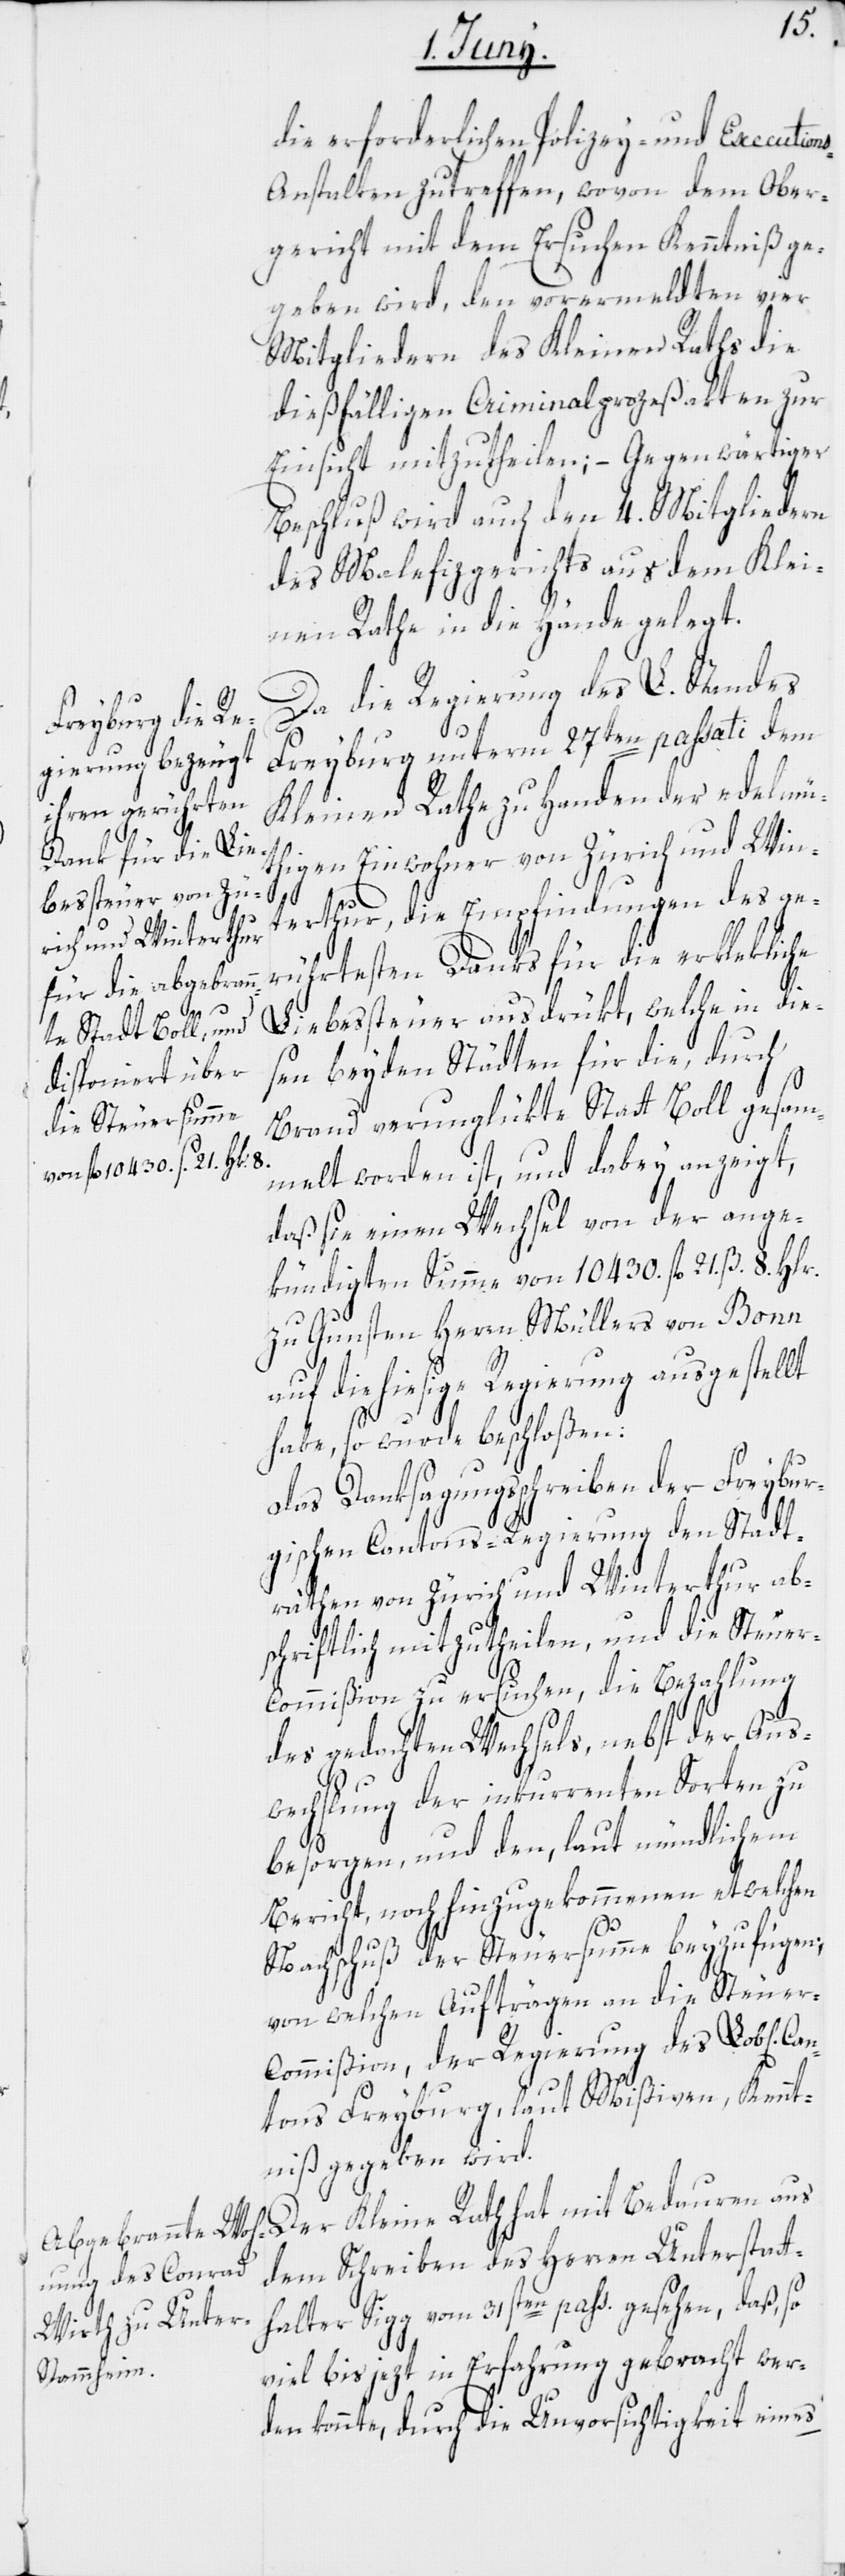
Can¬
te: Stadt] Boll ges¬

die erforderlichen Polizey- und Execution¬
s-Anstalten zu treffen, wovon dem Ober¬
gericht mit dem Ersuchen Kenntniß ge¬
geben wird, den vorermeldten vier
Mitgliedern des Kleinen Raths die
dießfälligen Criminalprozeßakten zur
Einsicht mitzutheilen; – Gegenwärtiger
Beschluß wird auch den 4. Mitgliedern
des Malefizgerichts aus dem Klei¬
nen Rathe in die Hände gelegt.
Da die Regierung des L. Standes
Freyburg unterm 27ten passati dem
Kleinen Rathe zu Handen der edelmü¬
thigen Einwohner von Zürich und Win¬
terthur, die Empfindungen des ge¬
rührtesten Danks für die erklekliche
Liebessteuer ausdrükt, welche in die¬
sen beyden Städten für die, durch
Brand verunglükte Statt [rec¬
melt worden ist, und dabey anzeigt,
daß sie einen Wechsel von der ange¬
kündigten Summe von 10 430. fl. 21. ß. 8.
zu Gunsten Herrn Müllers von Bonn
auf die hiesige Regierung ausgestellt
habe, so wurde beschloßen:
Das Danksagungsschreiben der Freybur¬
gischen Cantons-Regierung den Stadt¬
räthen von Zürich und Winterthur ab¬
schriftlich mitzutheilen, und die Steue¬
r-Commißion zu ersuchen, die Bezahlung
des gedachten Wechsels, nebst der Aus¬
wechslung der inkurrenten Sorten zu
besorgen, und den, laut mündlichem
Bericht, noch hinzugekommenen etwelchen
Nachschuß der Steuersumme beyzufügen;
von welchen Aufträgen an die Steuer-C¬
ommißion, der Regierung des Lob[lichen]
tons Freyburg, laut Mißiven, Kennt¬
niß gegeben wird.
Der Kleine Rath hat mit Bedauren aus
dem Schreiben des Herren Unterstatt¬
halter Sigg vom 31sten pass. gesehen, daß, so
viel bis jezt in Erfahrung gebracht wer¬
den konnte, durch die Unvorsichtigkeit eines